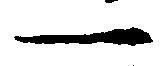
一